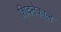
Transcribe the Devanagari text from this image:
शिदनेकाल